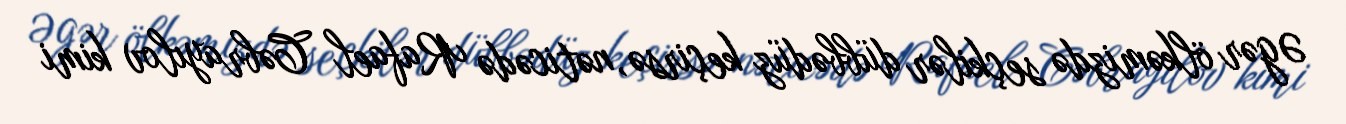
Əgər ölkəmizdə seçkilər dübbədüz keçirsə, nəticədə Rafael Cəbrayılov kimi